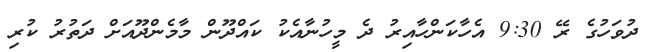
ދުވަހުގެ ރޭ 9:30 އެހާކަންހާއިރު ދެ މީހުނާއެކު ކައްދޫން މާމެންދޫއަށް ދަތުރު ކުރި